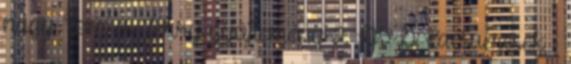
nagy Tom és Jerry gyűjtemény 2. DVD Kacsamesék -